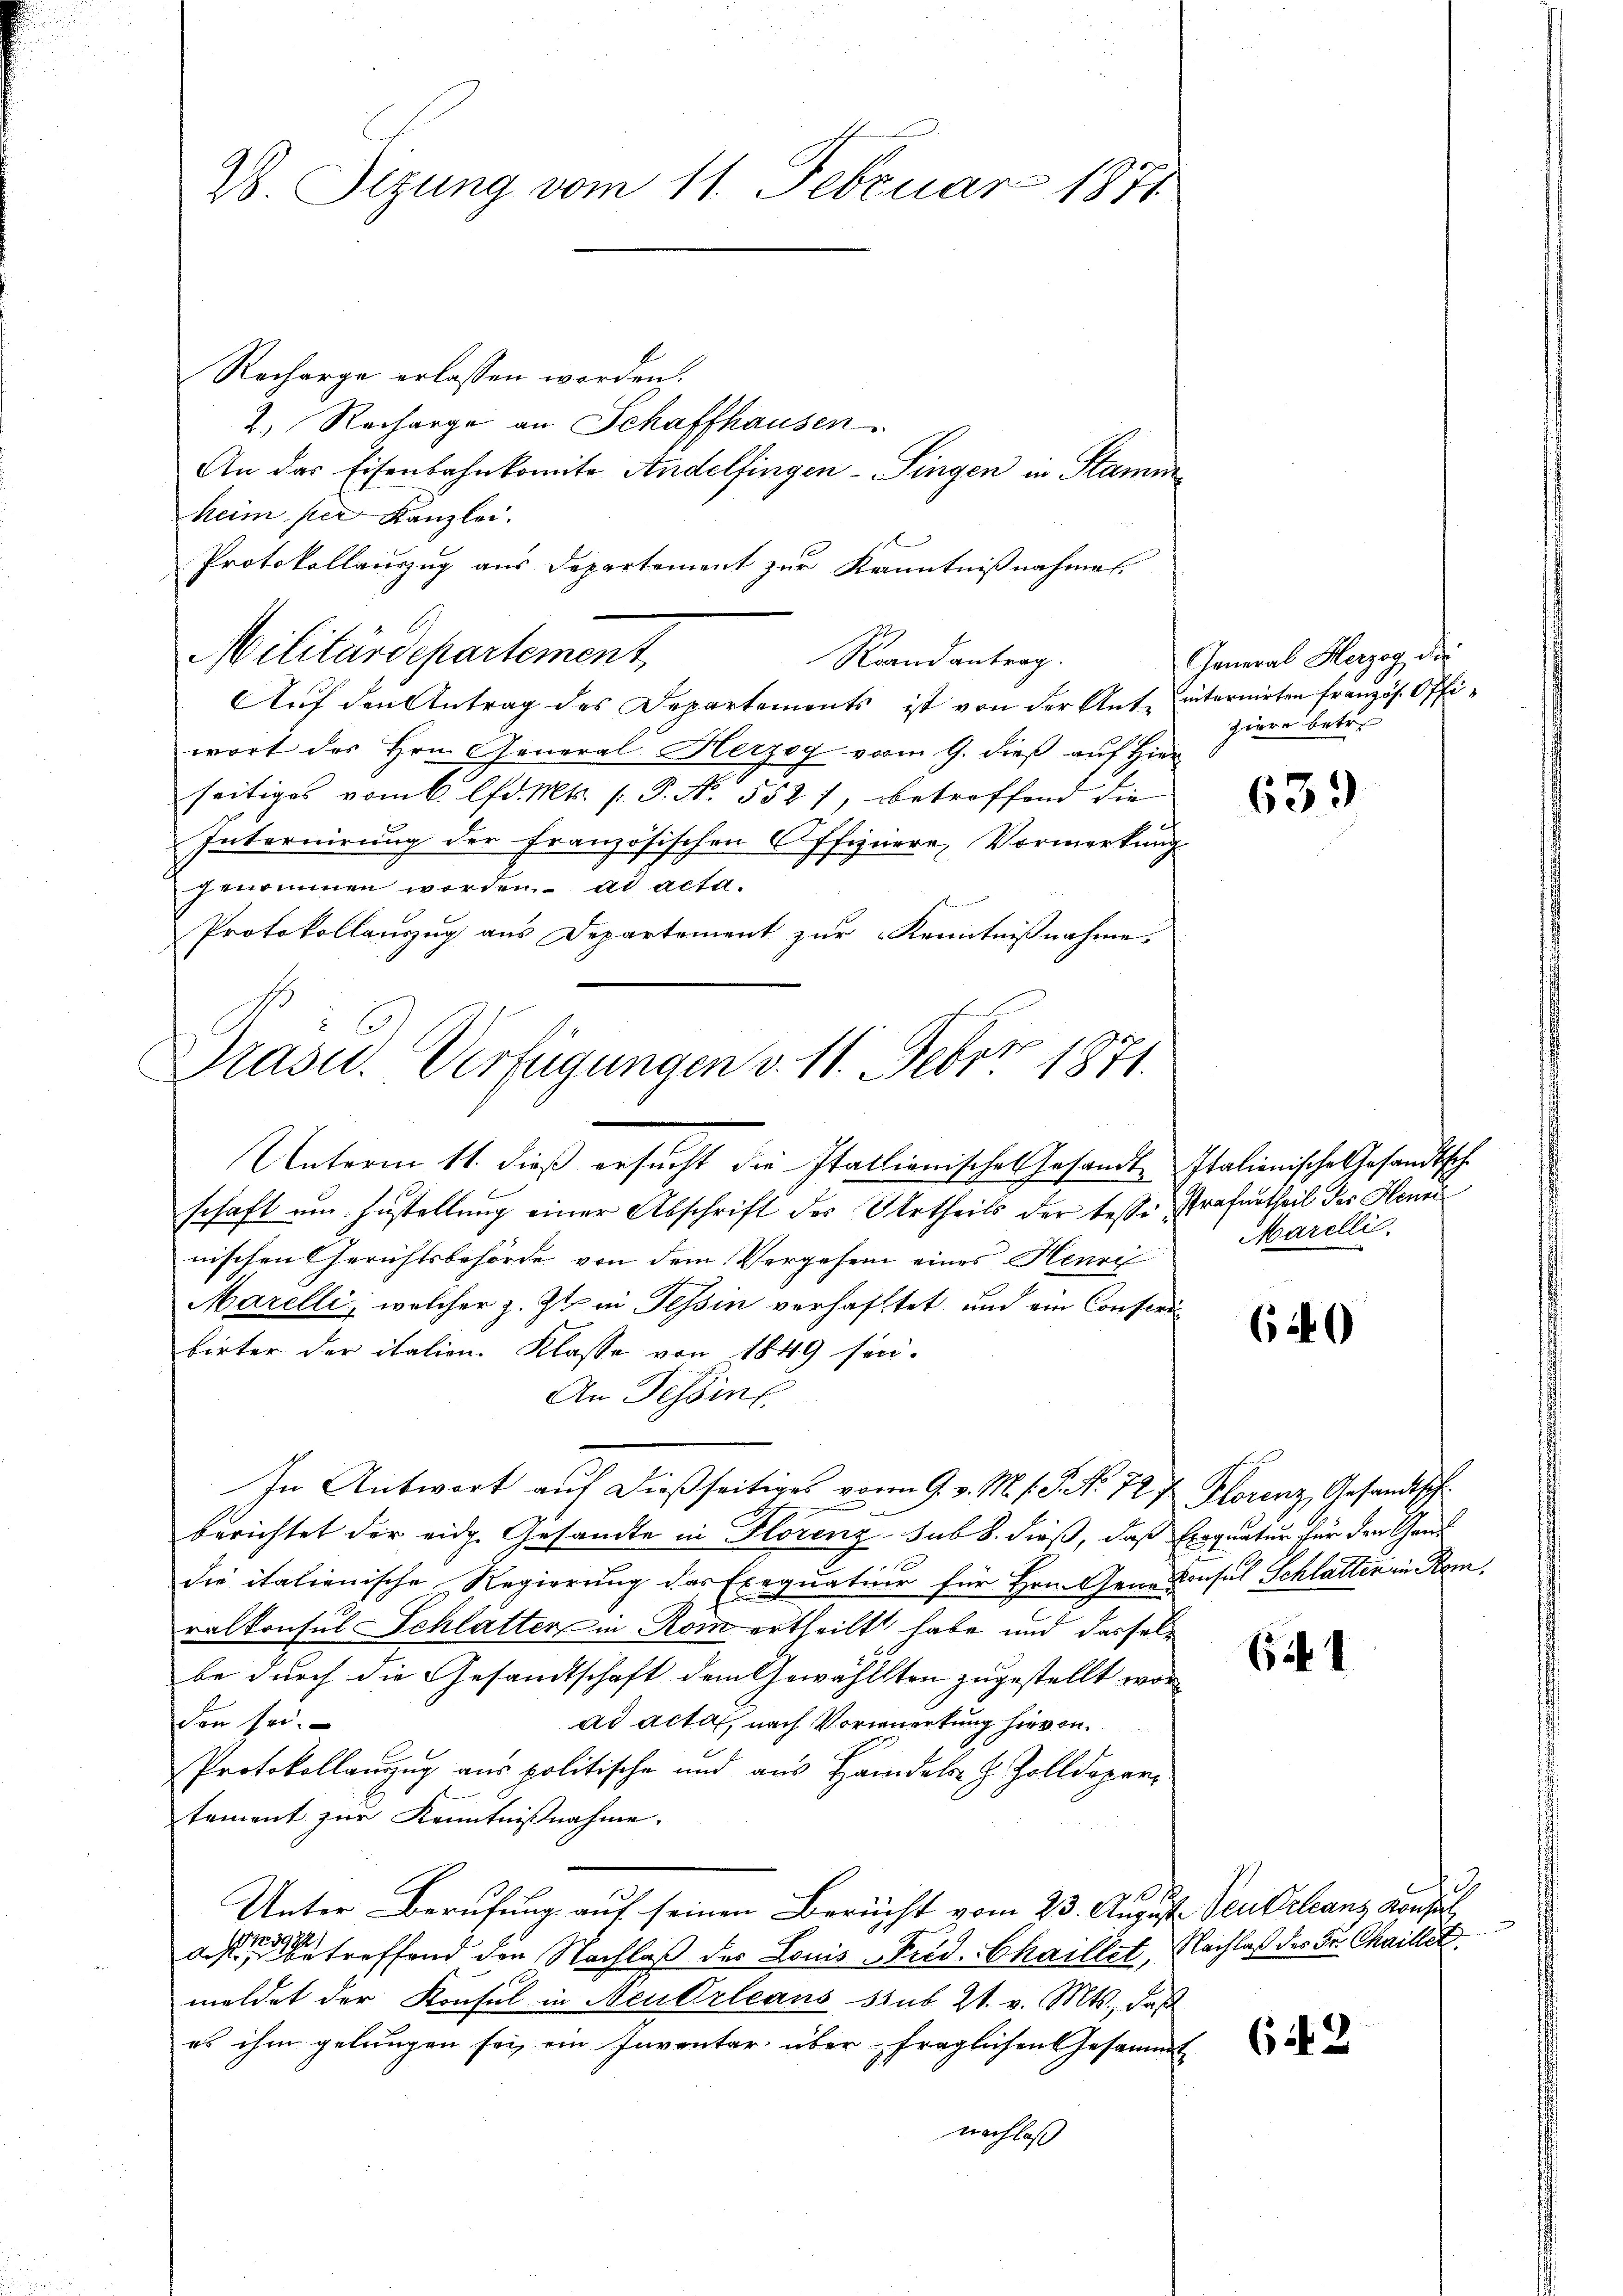
28. Sizung vom 11. Februar 1871

Recharge erlassen worden.
2. Recharge an Schaffhausen.
An das Eisenbahnkomite Andelfingen Singen in Stamm
heim per Kanzlei.
Protokollauszug aus Departement zur Kenntnißnahmen.
Auf den Antrag des Departements ist von der Ant. internirten französ. Offiwort des Hrn. General- Herzog vom 9. dieß auf Hier
seitiges vom 6. lfd. Mts. (: P. No. 552), betreffend die
Internirung der Französischen Offiziere Vormerkung
genommen worden. ad acta.
Protokollauszug aus Departement zur Kenntnißnahme.

Militärdepartement,

Präsid. Verfügungen v. 11. Febr. 1871.

Unterm 11. dieß ersucht die Italienisches Gesandte Italienische Gesandtschschaft um Zustellung einer Abschrift des Urtheils der tesse Strafurtheil des Henne
nischen Gerichtsbehörde von dem Vergehen eines Henri
Marelli, welcher z. Zt. in Tessin verhaftet und ein Conseri
bieter der italien. Klasse von 1849 son-
An Tessint
In Antwort auf dießseitiges vom 9. v. M. s. S. Nr. 727 Plorenz, Gesandtsche
berichtet der eidg. Gesandte in Florenz sub 8. dieß, daß Exequatur für den Gaud
die italienische Regierung das Exequatur für Hrn. Gener Konsul Schlatter in Rom.
ralkonsul Schlatter in Rom ertheilt habe und dasselbe durch die Gesandtschaft dem Gewähllten zugestellt worden sei.
ad acta, nach Vormerkung hievon
Protokollanzug aus politische und aus Handels H. Zolldepar
tament zur Kenntnißnahme.
Unter Berufung auf seinen Bericht vom 23. August den Orleans Konse
dessen treffend den Nachlaß des Louis Frid. Chaillet, Nachlaß des Fr. Chaillit
meldet der Konsul in Neukrleans sub 21. v. Mts., daß
es ihm gelungen sei ein Inventar über fraglichen Gesammt
nachlaß

Raandantrag.

General Herzog der
ziere betre

639

Marelli

640

6f

13

(12